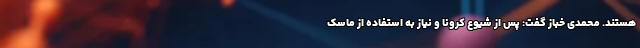
هستند. محمدی خباز گفت: پس از شیوع کرونا و نیاز به استفاده از ماسک